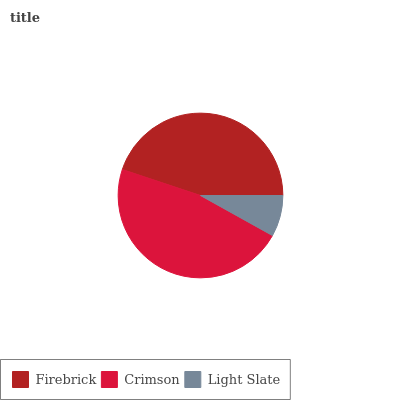
| Firebrick | Crimson | Light Slate |
 | --- | --- | --- |
 | 44.9% | 47% | 8.09% |